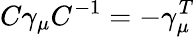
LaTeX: C\gamma_{\mu}C^{-1}=-\gamma_{\mu}^{T}